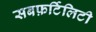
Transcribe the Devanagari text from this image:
सबफ़र्टिलिटी